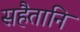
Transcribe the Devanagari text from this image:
सहैतानि